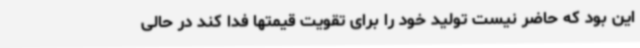
این بود که حاضر نیست تولید خود را برای تقویت قیمتها فدا کند در حالی